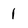
Character: 1